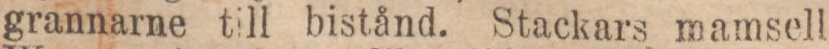
grannarne till bistånd. Stackars mamsell